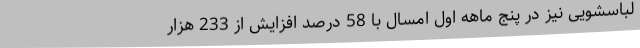
لباسشویی نیز در پنج ماهه اول امسال با 58 درصد افزایش از 233 هزار